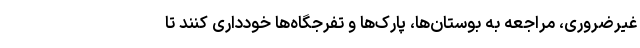
غیرضروری، مراجعه به بوستان‌ها، پارک‌ها و تفرجگاه‌ها خودداری کنند تا